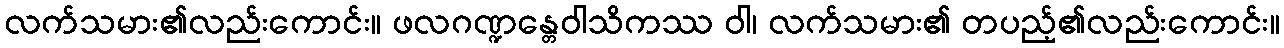
လက်သမား၏လည်းကောင်း။ ဖလဂဏ္ဍန္တေဝါသိကဿ ဝါ၊ လက်သမား၏ တပည့်၏လည်းကောင်း။